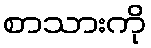
စာသားကို